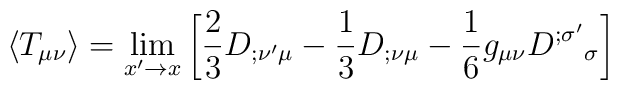
\langle T_{\mu\nu}\rangle=\lim_{x'\rightarrow x} \left[ {2\over3}{D}_{;\nu'\mu}-{1\over3}{D}_{;\nu\mu} -{1\over6}g_{\mu\nu} {D}^{;\sigma'}{}_\sigma \right]